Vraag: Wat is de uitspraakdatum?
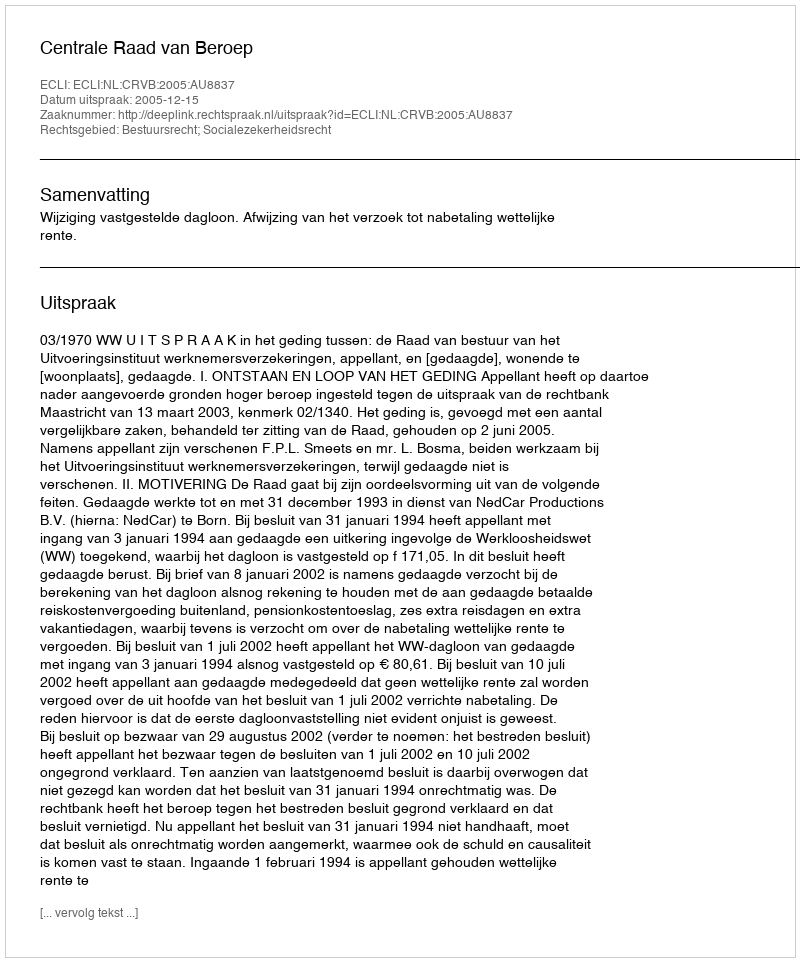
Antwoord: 2005-12-15